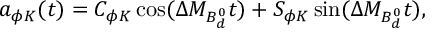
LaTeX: a _ { \phi K } ( t ) = C _ { \phi K } \cos ( \Delta M _ { B _ { d } ^ { 0 } } t ) + S _ { \phi K } \sin ( \Delta M _ { B _ { d } ^ { 0 } } t ) ,